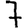
Digit: 7